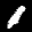
Label: 1